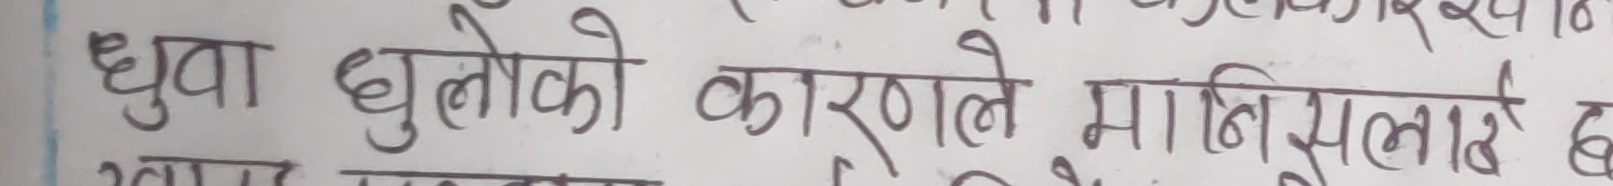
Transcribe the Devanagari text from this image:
धुवा धुलोको कारणले मानिसलाई छ